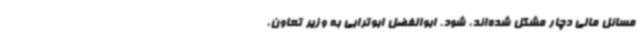
مسائل مالی دچار مشکل شده‌اند، شود. ابوالفضل ابوترابی به وزیر تعاون،